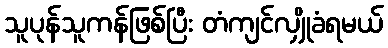
သူပုန်သူကန်ဖြစ်ပြီး တံကျင်လျှိုခံရမယ်